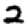
Digit: 2